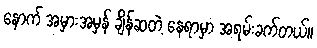
နောက် အမှားအမှန် ချိန်ဆတဲ့ နေရာမှာ အရမ်းခက်တယ်။